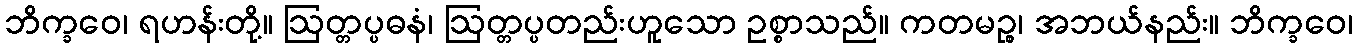
ဘိက္ခဝေ၊ ရဟန်းတို့။ ဩတ္တပ္ပဓနံ၊ ဩတ္တပ္ပတည်းဟူသော ဥစ္စာသည်။ ကတမဉ္စ၊ အဘယ်နည်း။ ဘိက္ခဝေ၊